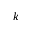
k